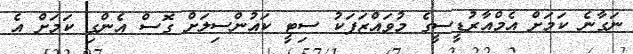
ނަގާނެ ކަމަށް އެމްއާރުޑީސީގެ މުވައްޒަފަކު ސިޓީ ކައުންސިލަށް ގޮސް އެންގި ކަމަށް އެ